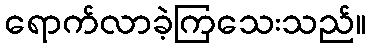
ရောက်လာခဲ့ကြသေးသည်။